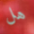
هل